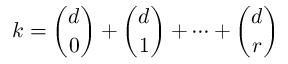
k = { \binom { d } { 0 } } + { \binom { d } { 1 } } + \dots + { \binom { d } { r } }